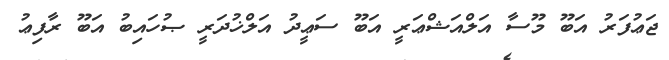
ޖަޢުފަރު އަބޫ މޫސާ އަލްއަޝްޢަރީ އަބޫ ސަޢީދު އަލްޚުދަރީ ޞުހައިބު އަބޫ ރާފިޢު